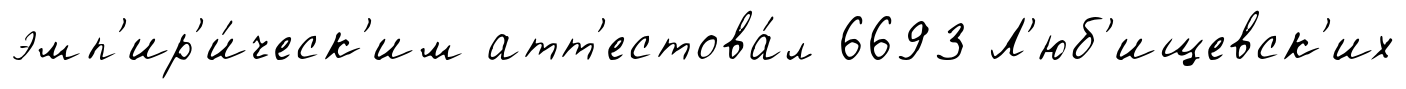
эмп'ир'и́ческ'им атт'естова́л 6693 Л'юб'ищевск'их